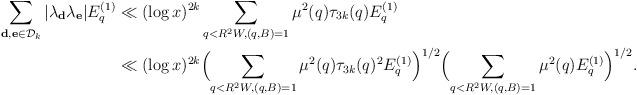
LaTeX: \begin{align*}\sum_{\mathbf{d},\mathbf{e}\in\mathcal{D}_k}|\lambda_{\mathbf{d}}\lambda_{\mathbf{e}}|E^{(1)}_q&\ll (\log{x})^{2k}\sum_{q<R^2W, (q,B)=1}\mu^2(q)\tau_{3k}(q)E^{(1)}_q\\&\ll (\log{x})^{2k}\Bigl(\sum_{q<R^2W, (q,B)=1}\mu^2(q)\tau_{3k}(q)^2E_q^{(1)}\Bigr)^{1/2}\Bigl(\sum_{q<R^2W, (q,B)=1}\mu^2(q)E_q^{(1)}\Bigr)^{1/2}.\end{align*}